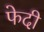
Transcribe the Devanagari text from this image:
फेदी